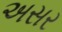
અસર